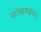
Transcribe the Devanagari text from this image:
सरोरुहवज्रवाद